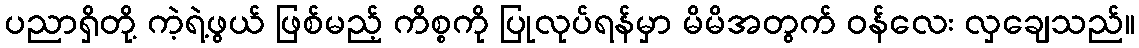
ပညာရှိတို့ ကဲ့ရဲ့ဖွယ် ဖြစ်မည့် ကိစ္စကို ပြုလုပ်ရန်မှာ မိမိအတွက် ဝန်လေး လှချေသည်။